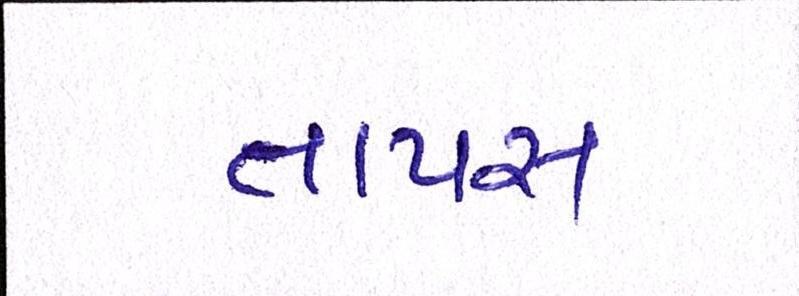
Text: તાપસ